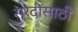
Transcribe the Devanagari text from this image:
सर्दीसाठी